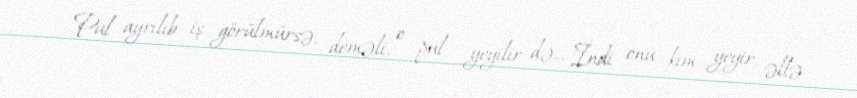
Pul ayrılıb iş görülmürsə, deməli, o pul yeyilir də... İndi onu kim yeyir, əllə